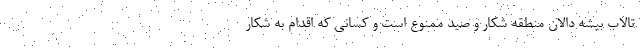
تالاب بیشه دالان منطقه شکار و صید ممنوع است و کسانی که اقدام به شکار